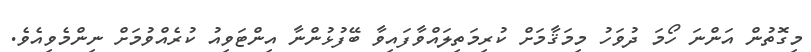
މިގޮތުން އަންނަ ހޯމަ ދުވަހު މިމަޤާމަށް ކުރިމަތިލައްވާފައިވާ ބޭފުޅުންނާ އިންޓަވިއު ކުރެއްވުމަށް ނިންމެވިއެވެ.